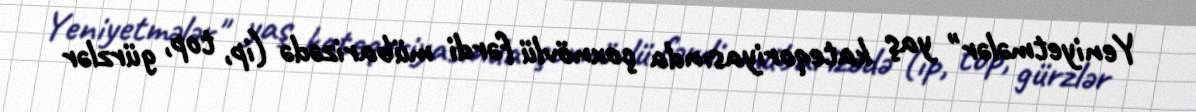
Yeniyetmələr" yaş kateqoriyasında çoxnövlü fərdi mübarizədə (ip, top, gürzlər